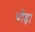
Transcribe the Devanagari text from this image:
धोड़ा